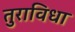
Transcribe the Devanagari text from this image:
तुराविधा